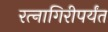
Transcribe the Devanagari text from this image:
रत्‍नागिरीपर्यंत